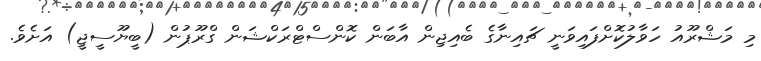
މި މަޝްރޫއު ހަވާލުކޮށްފައިވަނީ ޗައިނާގެ ބެއިޖިން އާބަން ކޮންސްޓްރަކްޝަން ގްރޫޕުން (ބީޔޫސީޖީ) އަށެވެ.